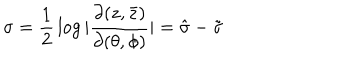
\sigma = { \frac { 1 } { 2 } } \log | { \frac { \partial ( z , \bar { z } ) } { \partial ( \theta , \phi ) } } | = \hat { \sigma } - \tilde { \sigma }